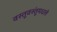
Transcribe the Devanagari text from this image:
वस्तूवस्तूंमधले